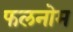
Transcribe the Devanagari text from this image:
फलनोम